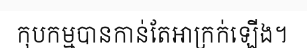
កុបកម្មបានកាន់តែអាក្រក់ឡើង។